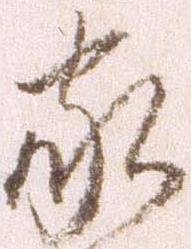
家